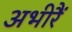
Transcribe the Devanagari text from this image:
अभीरैं